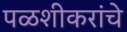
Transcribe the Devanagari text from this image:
पळशीकरांचे